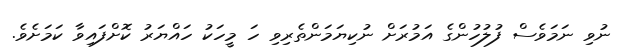
ނުވި ނަމަވެސް ފުލުހުންގެ އަމުރަށް ނުކިޔަމަންތެރިވި ހަ މީހަކު ހައްޔަރު ކޮށްފައިވާ ކަމަށެވެ.